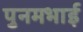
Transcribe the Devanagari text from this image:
पुनमभाई